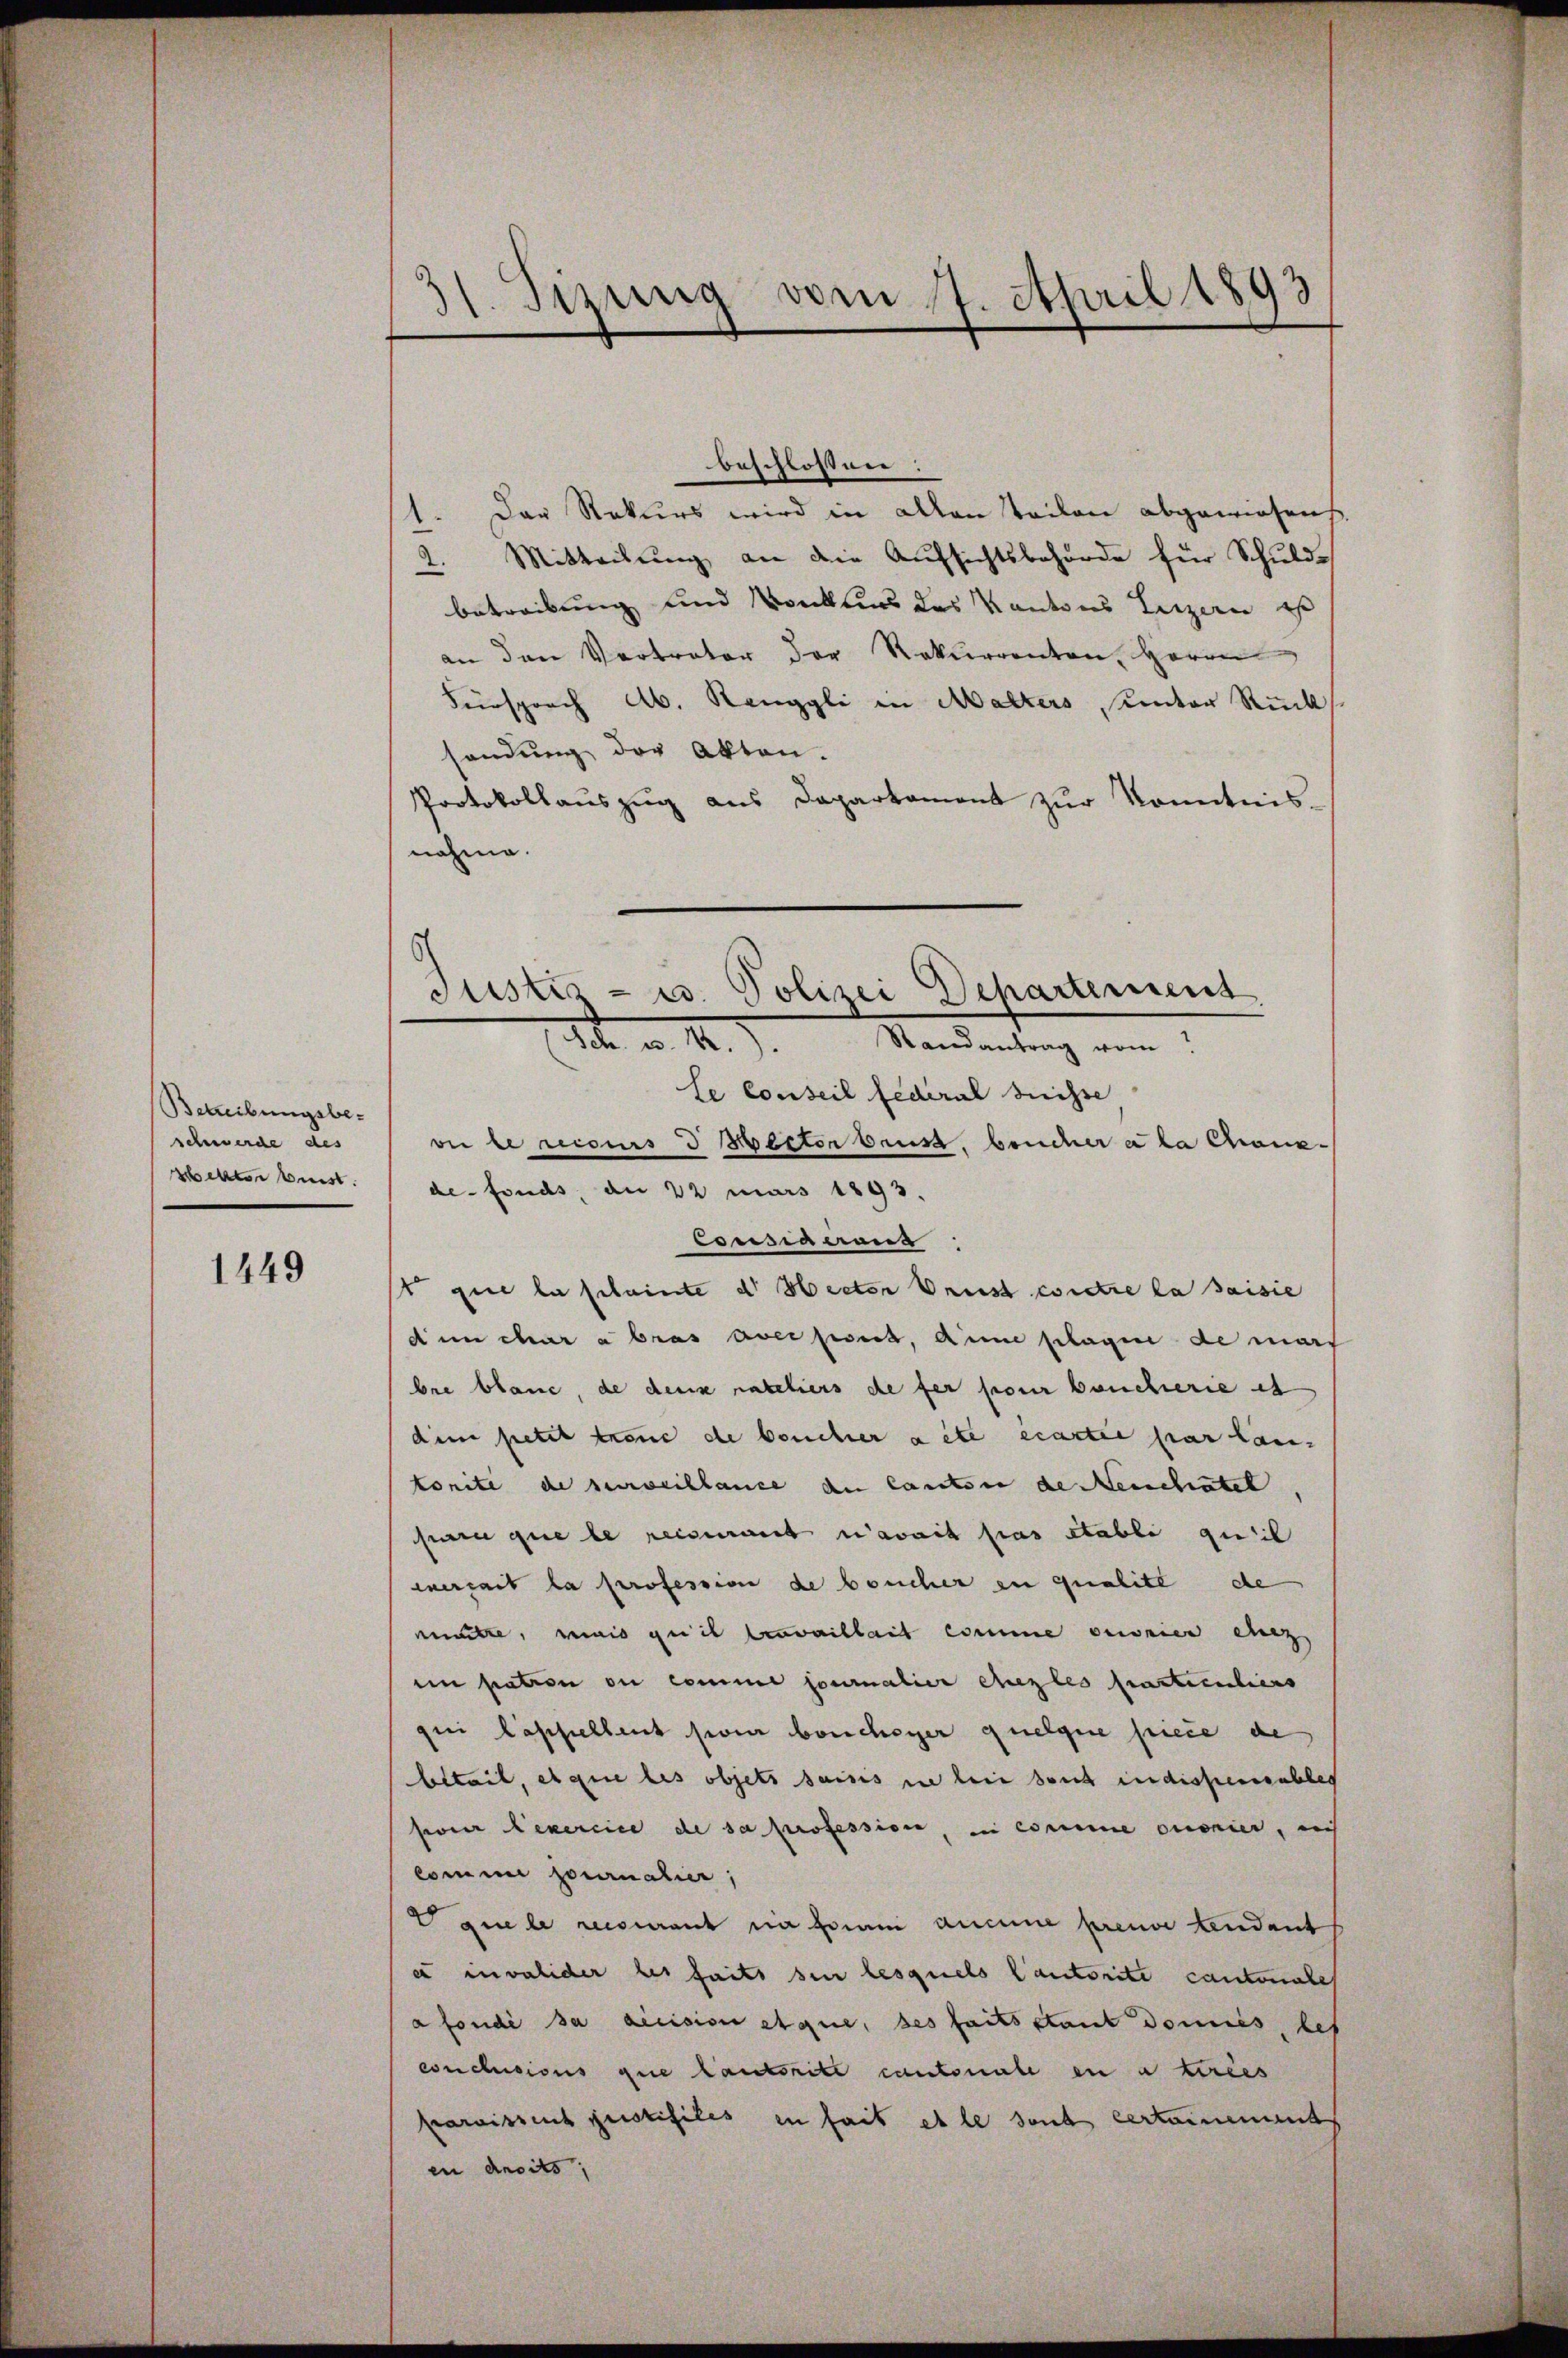
Betreibungsbeschwerde des
zetter beist.

1449

31. Sizung vom 7. April 1893
de

beschlossen:
1. Das Rekurs wird in allen Teilen abgewiesens,
2. Mitteilŭng an die Aufsichtsbehörde für Schuldbetreibung und Vonklus des Kantons Luzern ist
an den Vertreter der Rekurrenten Herrn
Fürsprach Ab. Renggli in Malters unter Rück
sendung der Akten.
Protokollauszug aus Daparkament zur konntnis-
nahme.

Justiz- u. Polizei Departement
Ich. a. 1.) Randantrag vom

le Conseil federal Suisse,
oi benicus 3 Wester bruss. brucher a la Chaux-
de fonds, an 22 mars 1893.
Corisierend
st que la scheinte der Rector Brust contre la saisie
dum char abras aver port, dene plagen de mars
bre blanc, de deus rateliers de fer pour boucherie es
dim petit treue de boucher acte écartie par lan
tonite de surveillance der Cantone de Menschatel
s que le reisenant avait pas stabli quil
werzeit la profession de boucher zu qualite de
mitte, mais quit erweiheit comme orier einz
im patron ou comme journalier eherzles particuliers
qui lappellent sein boucheger quelque piece de
beteil, et que les objets saisis sie bei sont indissemeubles
serer Lexercice de sa profession, in comme conier, nich
comme journalier,
Dque le recourant in Forum aucune preuve lendants
a invalider les faits sei lesquels Cautorite cantonales
a fondé sa decision atque, des faits stant domies, bes
conclusions que lautoritt cantonale en a tirées
parnissens justifiles in fait es le sont certainement
en Ansits,